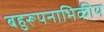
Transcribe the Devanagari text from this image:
बहुरूपनाभिकीय